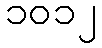
၁၀၁၂